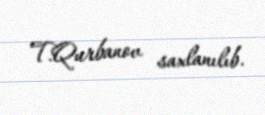
T.Qurbanov saxlanılıb.